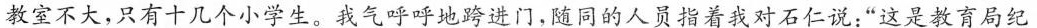
教室不大，只有十几个小学生，我气呼呼地跨进门，随同的人员指着我对石仁说：”这是教育局纪